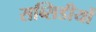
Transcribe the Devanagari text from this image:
सब्सिडीयों